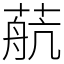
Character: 𦶢